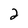
Character: 2